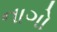
નાગો